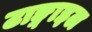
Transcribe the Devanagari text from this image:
टाङ्गाइल